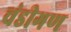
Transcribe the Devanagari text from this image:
चंडीगण